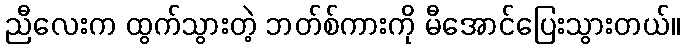
ညီလေးက ထွက်သွားတဲ့ ဘတ်စ်ကားကို မီအောင်ပြေးသွားတယ်။